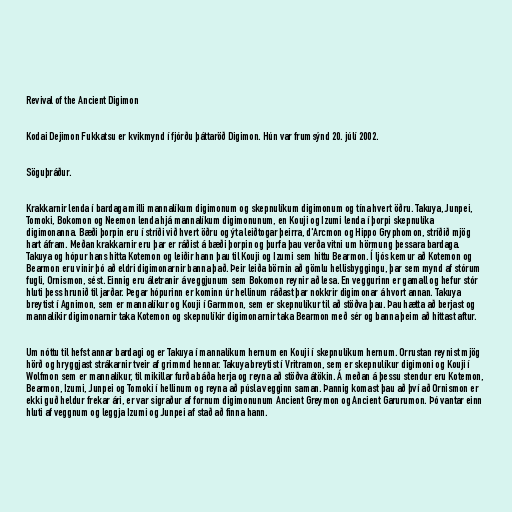
Revival of the Ancient Digimon

Kodai Dejimon Fukkatsu er kvikmynd í fjórðu þáttaröð Digimon. Hún var frumsýnd 20. júlí 2002.

Söguþráður.

Krakkarnir lenda í bardaga milli mannalíkum digimonum og skepnulíkum digimonum og tína hvert öðru. Takuya, Junpei,
Tomoki, Bokomon og Neemon lenda hjá mannalíkum digimonunum, en Kouji og Izumi lenda í þorpi skepnulíka
digimonanna. Bæði þorpin eru í stríði við hvert öðru og ýta leiðtogar þeirra, d'Arcmon og Hippo Gryphomon, stríðið mjög
hart áfram. Meðan krakkarnir eru þar er ráðist á bæði þorpin og þurfa þau verða vitni um hörmung þessara bardaga.
Takuya og hópur hans hitta Kotemon og leiðir hann þau til Kouji og Izumi sem hittu Bearmon. Í ljós kemur að Kotemon og
Bearmon eru vinir þó að eldri digimonarnir banna það. Þeir leiða börnin að gömlu hellisbyggingu, þar sem mynd af stórum
fugli, Ornismon, sést. Einnig eru áletranir á veggjunum sem Bokomon reynir að lesa. En veggurinn er gamall og hefur stór
hluti þess hrunið til jarðar. Þegar hópurinn er kominn úr hellinum ráðast þar nokkrir digimonar á hvort annan. Takuya
breytist í Agnimon, sem er mannalíkur og Kouji í Garmmon, sem er skepnulíkur til að stöðva þau. Þau hætta að berjast og
mannalíkir digimonarnir taka Kotemon og skepnulíkir digimonarnir taka Bearmon með sér og banna þeim að hittast aftur.

Um nóttu til hefst annar bardagi og er Takuya í mannalíkum hernum en Kouji í skepnulíkum hernum. Orrustan reynist mjög
hörð og hryggjast strákarnir tveir af grimmd hennar. Takuya breytist í Vritramon, sem er skepnulíkur digimoni og Kouji í
Wolfmon sem er mannalíkur, til mikillar furða báða herja og reyna að stöðva átökin. Á meðan á þessu stendur eru Kotemon,
Bearmon, Izumi, Junpei og Tomoki í hellinum og reyna að púsla vegginn saman. Þannig komast þau að því að Ornismon er
ekki guð heldur frekar ári, er var sigraður af fornum digimonunum Ancient Greymon og Ancient Garurumon. Þó vantar einn
hluti af veggnum og leggja Izumi og Junpei af stað að finna hann.